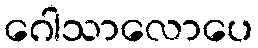
ဂေါသာလောပေ